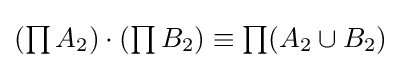
{\textstyle (\prod A_{2})\cdot (\prod B_{2})\equiv \prod (A_{2}\cup B_{2})}